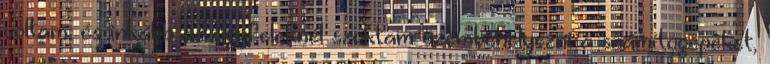
voltam, és inkább az ügyfeleknél szoktam üzembehelyezni a számítógépeket,